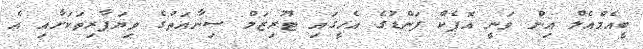
ބީއެމްއެލް އިން ވަނީ އޮޕެކް ފަންޑުގެ އެހީގައި ޓޫރިޒަމް ސިނާއަތުގެ ވިޔަފާރިތަކަށާއި އެ